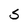
Character: s